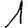
Digit: 1